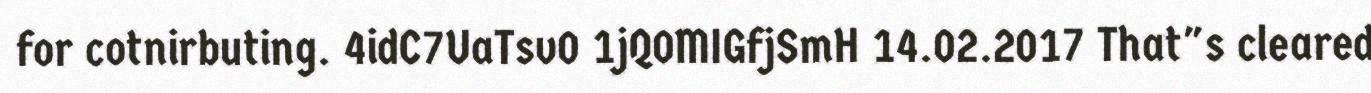
for cotnirbuting. 4idC7UaTsv0 1jQ0MIGfjSmH 14.02.2017 That"s cleared